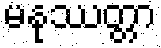
မနုဿတ္တာ